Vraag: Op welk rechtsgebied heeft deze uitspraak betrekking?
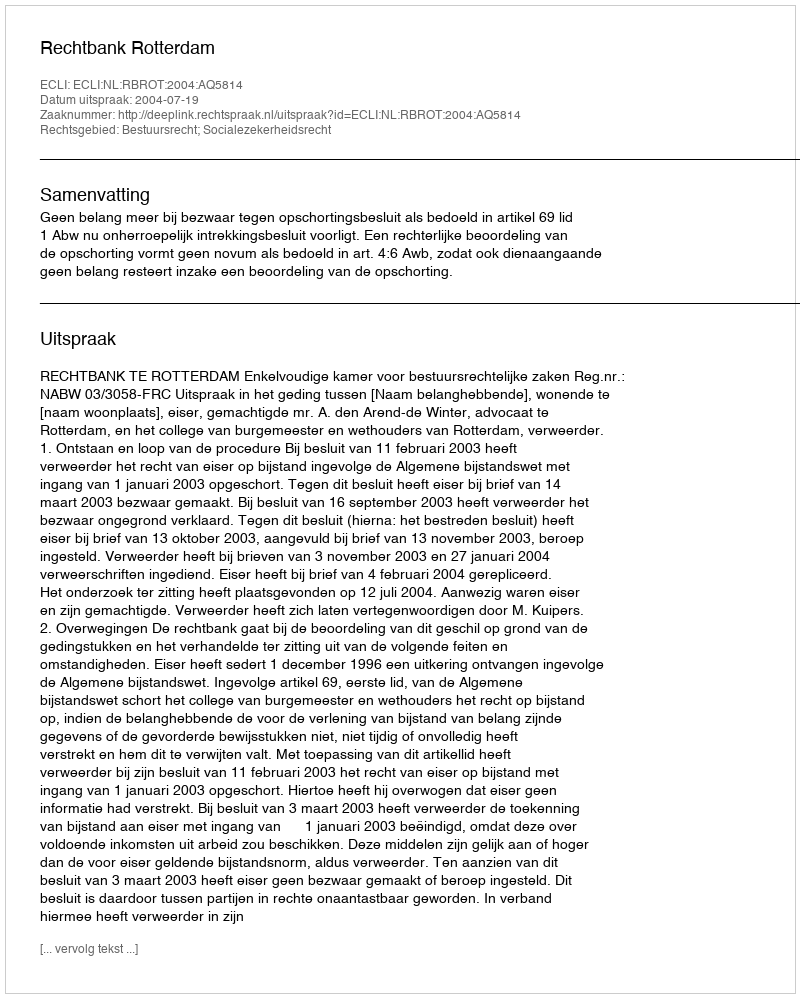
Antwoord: Bestuursrecht; Socialezekerheidsrecht